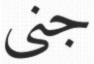
جنى